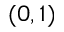
( 0 , 1 )